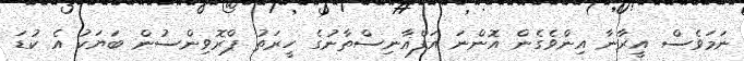
ނަމަވެސް އީރާނާ އިންވެގެން އޮންނަ އަފްޣާނިސްތާނުގެ ހީރަތު ޕްރޮވިންސުން ބަޔަކު އެ ކުޑަ